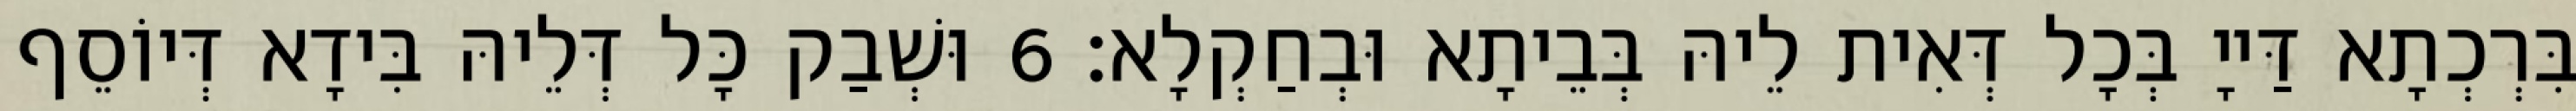
בִּרְכְתָא דַּייָ בְּכָל דְּאִית לֵיהּ בְּבֵיתָא וּבְחַקְלָא׃ 6 וּשְׁבַק כָּל דְּלֵיהּ בִּידָא דְּיוֹסֵף